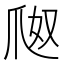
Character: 𤔀